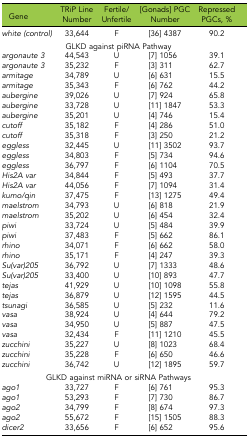
<table><thead><tr><td><b>Gene</b></td><td><b>TRiP Line Number</b></td><td><b>Fertile/Unfertile</b></td><td><b>[Gonads] PGC Number</b></td><td><b>Repressed PGCs, %</b></td></tr></thead><tbody><tr><td><i>white (control)</i></td><td>33,644</td><td>F</td><td>[36] 4387</td><td>90.2</td></tr><tr><td colspan="5">GLKD against piRNA Pathway</td></tr><tr><td><i>argonaute 3</i></td><td>44,543</td><td>U</td><td>[7] 1056</td><td>39.1</td></tr><tr><td><i>argonaute 3</i></td><td>35,232</td><td>F</td><td>[3] 311</td><td>62.7</td></tr><tr><td><i>armitage</i></td><td>34,789</td><td>U</td><td>[6] 631</td><td>15.5</td></tr><tr><td><i>armitage</i></td><td>35,343</td><td>F</td><td>[6] 762</td><td>44.2</td></tr><tr><td><i>aubergine</i></td><td>39,026</td><td>U</td><td>[7] 924</td><td>65.8</td></tr><tr><td><i>aubergine</i></td><td>33,728</td><td>U</td><td>[11] 1847</td><td>53.3</td></tr><tr><td><i>aubergine</i></td><td>35,201</td><td>U</td><td>[4] 746</td><td>15.4</td></tr><tr><td><i>cutoff</i></td><td>35,182</td><td>F</td><td>[4] 286</td><td>51.0</td></tr><tr><td><i>cutoff</i></td><td>35,318</td><td>F</td><td>[3] 250</td><td>21.2</td></tr><tr><td><i>eggless</i></td><td>32,445</td><td>U</td><td>[11] 3502</td><td>93.7</td></tr><tr><td><i>eggless</i></td><td>34,803</td><td>F</td><td>[5] 734</td><td>94.6</td></tr><tr><td><i>eggless</i></td><td>36,797</td><td>F</td><td>[6] 1104</td><td>70.5</td></tr><tr><td><i>His2A var</i></td><td>34,844</td><td>F</td><td>[5] 493</td><td>37.7</td></tr><tr><td><i>His2A var</i></td><td>44,056</td><td>F</td><td>[7] 1094</td><td>31.4</td></tr><tr><td><i>kumo/qin</i></td><td>37,475</td><td>F</td><td>[13] 1275</td><td>49.4</td></tr><tr><td><i>maelstrom</i></td><td>34,793</td><td>U</td><td>[6] 818</td><td>21.9</td></tr><tr><td><i>maelstrom</i></td><td>35,202</td><td>U</td><td>[6] 454</td><td>32.4</td></tr><tr><td><i>piwi</i></td><td>33,724</td><td>U</td><td>[5] 484</td><td>39.9</td></tr><tr><td><i>piwi</i></td><td>37,483</td><td>F</td><td>[5] 662</td><td>86.1</td></tr><tr><td><i>rhino</i></td><td>34,071</td><td>F</td><td>[6] 662</td><td>58.0</td></tr><tr><td><i>rhino</i></td><td>35,171</td><td>F</td><td>[4] 247</td><td>39.3</td></tr><tr><td><i>Su(var)205</i></td><td>36,792</td><td>U</td><td>[7] 1333</td><td>48.6</td></tr><tr><td><i>Su(var)205</i></td><td>33,400</td><td>U</td><td>[10] 893</td><td>47.7</td></tr><tr><td><i>tejas</i></td><td>41,929</td><td>U</td><td>[10] 1098</td><td>55.8</td></tr><tr><td><i>tejas</i></td><td>36,879</td><td>U</td><td>[12] 1595</td><td>44.5</td></tr><tr><td><i>tsunagi</i></td><td>36,585</td><td>U</td><td>[5] 232</td><td>11.6</td></tr><tr><td><i>vasa</i></td><td>38,924</td><td>U</td><td>[4] 644</td><td>79.2</td></tr><tr><td><i>vasa</i></td><td>34,950</td><td>U</td><td>[5] 887</td><td>47.5</td></tr><tr><td><i>vasa</i></td><td>32,434</td><td>F</td><td>[11] 1210</td><td>45.5</td></tr><tr><td><i>zucchini</i></td><td>35,227</td><td>U</td><td>[8] 1023</td><td>68.4</td></tr><tr><td><i>zucchini</i></td><td>35,228</td><td>F</td><td>[6] 650</td><td>46.6</td></tr><tr><td><i>zucchini</i></td><td>36,742</td><td>U</td><td>[12] 1895</td><td>59.7</td></tr><tr><td colspan="5">GLKD against miRNA or siRNA Pathways</td></tr><tr><td><i>ago1</i></td><td>33,727</td><td>F</td><td>[6] 761</td><td>95.3</td></tr><tr><td><i>ago1</i></td><td>53,293</td><td>F</td><td>[7] 730</td><td>86.7</td></tr><tr><td><i>ago2</i></td><td>34,799</td><td>F</td><td>[8] 674</td><td>97.3</td></tr><tr><td><i>ago2</i></td><td>55,672</td><td>F</td><td>[15] 1505</td><td>88.3</td></tr><tr><td><i>dicer2</i></td><td>33,656</td><td>F</td><td>[6] 652</td><td>95.6</td></tr></tbody></table>